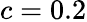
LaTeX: c=0.2